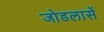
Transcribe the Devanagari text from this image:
जोडलासें